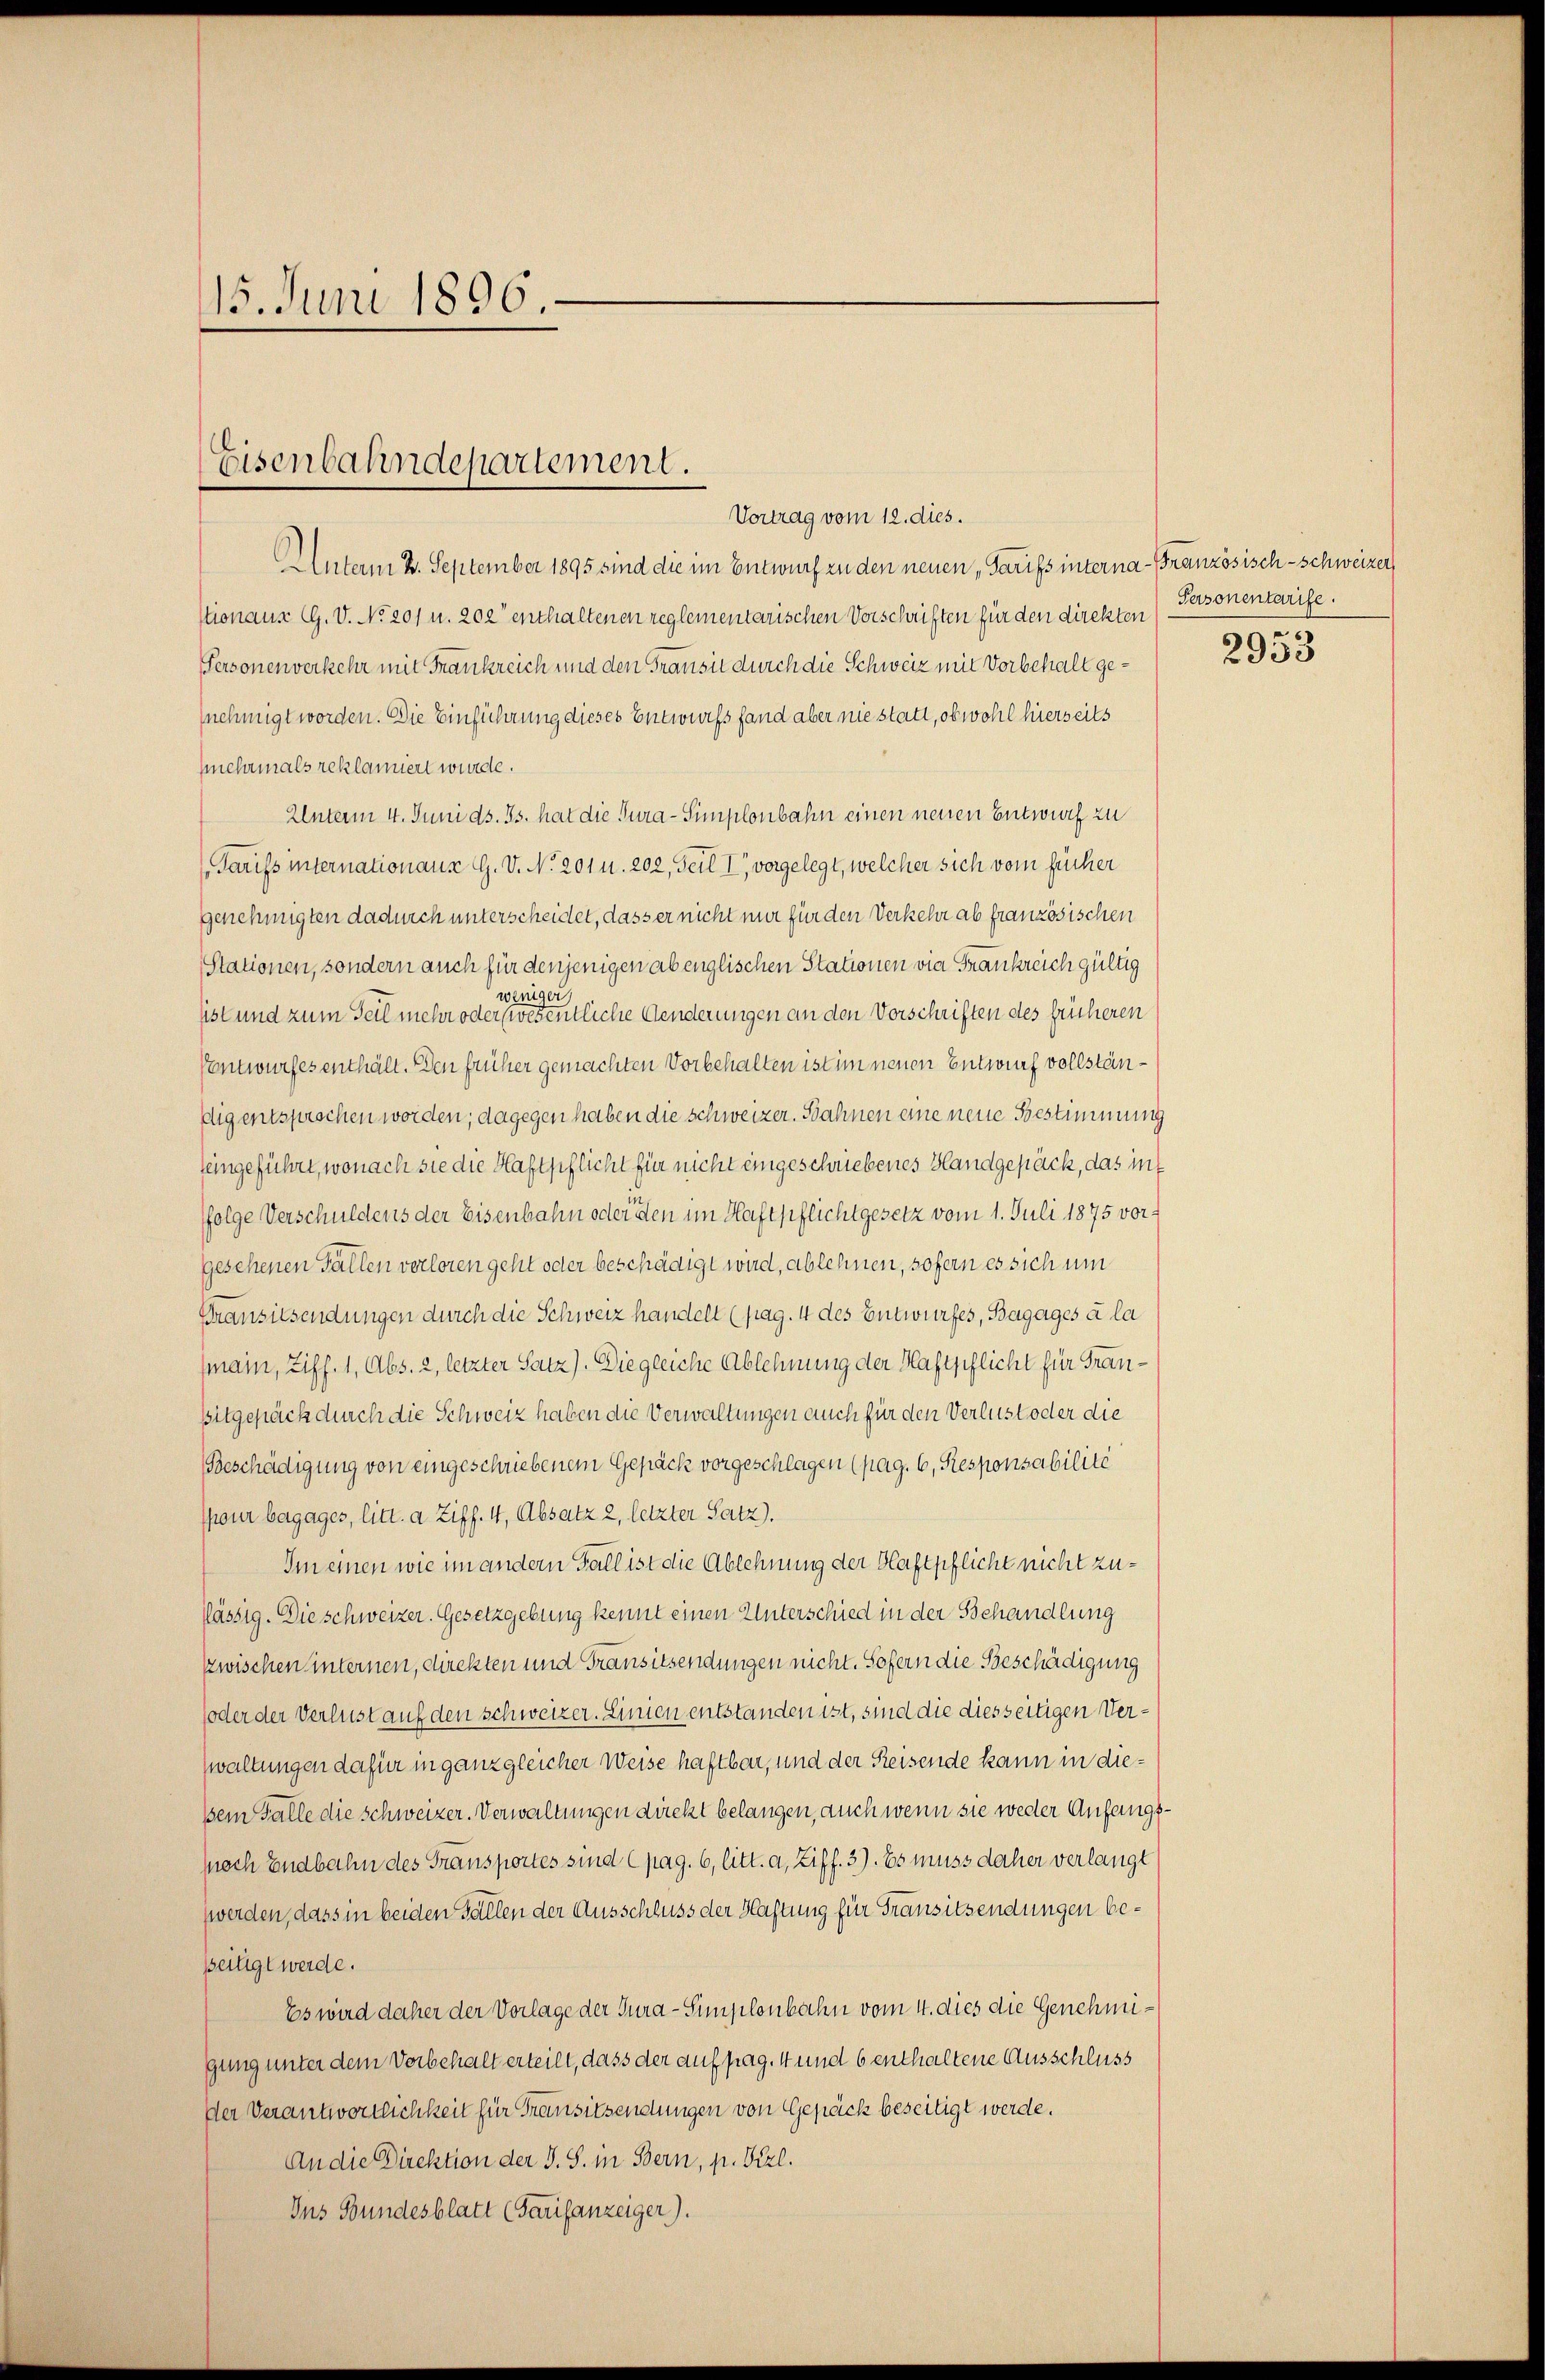
15. Juni 1896

Eisenbahndepartement.
Vortrag vom 12. dies.

Unterm 2. September 1895 sind die im Entwurf zu den neuen „Tarifs interna - Französisch-Schweizer
stionaus G. V. No 201 u. 202 enthaltenen reglementarischen Vorschriften für den direkten
Personenverkehr mit Frankreich und den Transit durch die Schweiz mit Vorbehalt genehmigt worden. Die Einführung dieses Entwurfs fand aber nie statt, obwohl hierseits
ehrmals reklamiert wurde.
Unterm 4. Juni d. Js. hat die Jura-Simplonbahn einen neuen Entwurf zu
Tarifs internationaus G. V. No 201 u. 202, Teil I vorgelegt, welcher sich vom Zucker
Genehmigten dadurch unterscheidet, dass er nicht nur für den Verkehr ab französischen
Stationen, sondern auch für denjenigen ab englischen Stationen vie Frankreich gültig
weniger
pst und zum Teil mehr oder wesentliche Aenderungen an den Vorschriften des früheren
Pentwurfes enthält. Den früher gemachten Vorbehalten ist im neuen Entwurf vollständig entsprochen worden; dagegen haben die schweizer. Bahnen eine neue Bestimmung
teingeführt, wonach sie die Haftpflicht für nicht eingeschriebenes Handgepäck, das int
folge Verschuldens der Eisenbahn oder den im Haftpflichtgesetz vom 1. Juli 1875 vorgesehenen Fällen verloren geht oder beschädigt wird, ablehnen, sofern es sich um
Pransitsendungen durch die Schweiz handelt (pag. 4 des Entwurfes, Bagagés à la
fmann, Ziff. 1, Abs. 2, letzter Satz). Diegleiche Ablehnung der Haftpflicht für Fran¬
Bitgepäck durch die Schweiz haben die Verwaltungen auch für den Verlust oder die
Beschädigung von eingeschriebenem Gepäck vorgeschlagen (pag. 6, Responsabilité
pour begages, litt. a Ziff. 4, Absatz 2, letzter Satz).
Im einen wie im andern Fall ist die Ablehnung der Klaftpflicht nicht zulässig. Die schweizer. Gesetzgebung kennt einen Unterschied in der Behandlung
zwischen internen, direkten und Transitzendungen nicht. Sofern die Beschädigung
(oder der Verlust auf den schweizer. Linien entstanden ist, sind die diesseitigen Verwaltungen dafür in ganz gleicher Weise haftbar, und der Reisende kann in diesein Falle die schweizer. Verwaltungen direkt belangen, auch wenn sie weder Anfangs¬
(nach Endbahn des Transportes sind (pag. 6, litt. a, Ziff. 3). Es muss daher verlangt
werden, dass in beiden Fällen der Ausschluss der Haftung für Fransitzendungen bepeiligt werde.
Es wird daher der Vorlage der Jura-Simplonbahn vom 4. dies die Genehmigung unter dem Vorbehalt erteilt, dass der auf pag. 4 und 6 enthaltene Ausschluss
Der Verantwortlichkeit für Transitzendungen von Gepäck beseitigt werde.
An die Direktion der J. S. in Bern, p. Gizl.
Ins Bundesblatt (Tarifanzeiger).

Personentarife.

2953